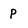
Character: P